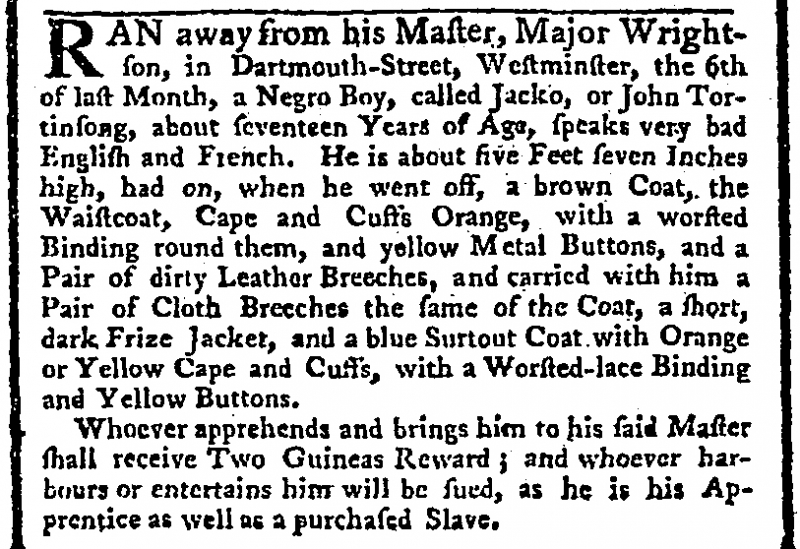
St. James's Chronicle or the British Evening Post, 24 May 1768 (England)
RAN away from his Master, Major Wrightson, in Dartmouth-Street, Westminster, the 6th of last Month, a Negro Boy, called Jacko, or John Tortinsong, about seventeen Years of Age, speaks very bad English and French. He is about five Feet seven Inches high, had on, when he went off, a brown Coat, the Waistcoat, Cape and Cuffs Orange, with a worsted Binding round them, and yellow Metal Buttons, and a Pair of dirty Leather Breeches, and carried with him a Pair of Cloth Breeches the same of the Coat, a short, dark Frize Jacket, and a blue Surtout Coat with Orange or Yellow Cape and Cuffs, with a Worsted-lace Binding and Yellow Buttons.  Whoever apprehends and brings him to his said Master shall receive Two Guineas Reward; and whoever harbours or entertains him will be sued, as he is his Apprentice as well as a purchased Slave.